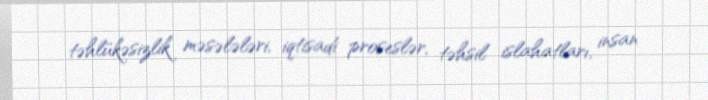
təhlükəsizlik məsələləri, iqtisadi proseslər, təhsil islahatları, insan